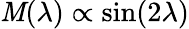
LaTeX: \mathit{M}(\lambda)\propto\sin(2\lambda)